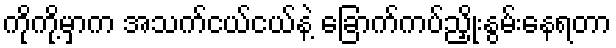
ကိုကို့မှာက အသက်ငယ်ငယ်နဲ့ ခြောက်ကပ်ညှိုးနွမ်းနေရတာ